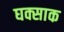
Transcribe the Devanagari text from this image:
घक्साक